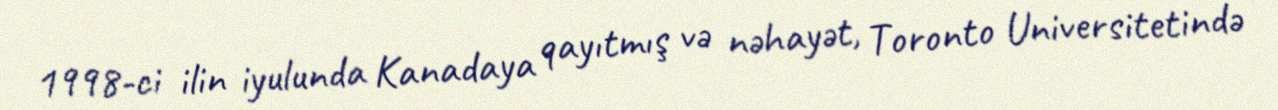
1998-ci ilin iyulunda Kanadaya qayıtmış və nəhayət, Toronto Universitetində